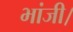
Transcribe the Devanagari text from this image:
भांजी।